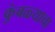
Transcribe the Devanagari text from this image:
कुंबळ्याचा